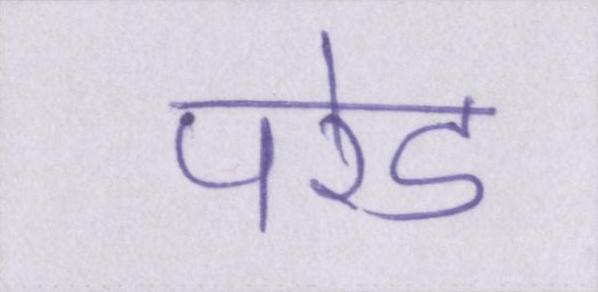
परेड